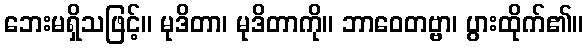
ဘေးမရှိသဖြင့်။ မုဒိတာ၊ မုဒိတာကို။ ဘာဝေတဗ္ဗာ၊ ပွားထိုက်၏။